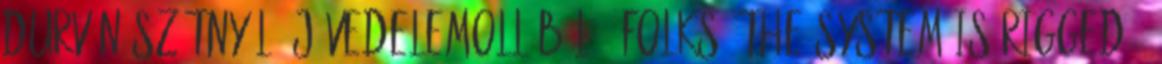
durván szétnyíló jövedelemollóból. „Folks, the system is rigged ”